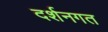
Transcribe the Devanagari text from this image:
दर्शनगत